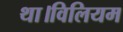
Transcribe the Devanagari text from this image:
था।विलियम